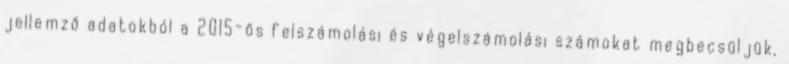
jellemző adatokból a 2015-ös felszámolási és végelszámolási számokat megbecsüljük,